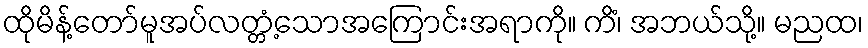
ထိုမိန့်တော်မူအပ်လတ္တံ့သောအကြောင်းအရာကို။ ကိံ၊ အဘယ်သို့။ မညထ၊